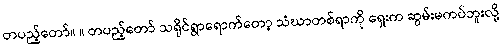
တပည့်တော်။ ။ တပည့်တော် သရိုင်ရွာရောက်တော့ သံဃာတစ်ရာကို ရှေးက ဆွမ်းမကပ်ဘူးလို့